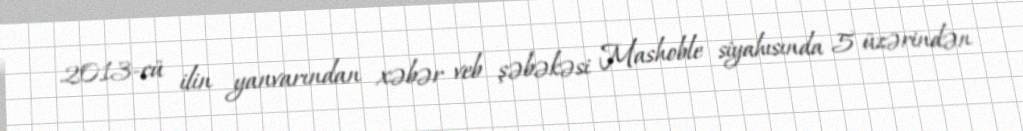
2013-cü ilin yanvarından xəbər veb şəbəkəsi Mashoble siyahısında 5 üzərindən